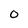
Character: 0